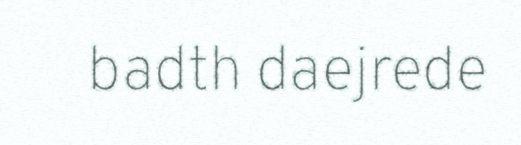
badth daejrede